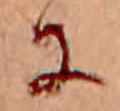
に